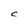
Character: C